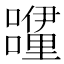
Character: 𮡝